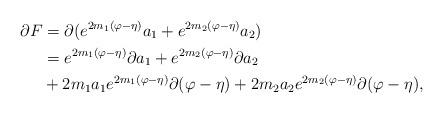
LaTeX: \begin{align*}\partial F&=\partial(e^{2m_{1}(\varphi-\eta)}a_{1}+e^{2m_{2}(\varphi-\eta)}a_{2})\\&=e^{2m_{1}(\varphi-\eta)}\partial a_{1}+e^{2m_{2}(\varphi-\eta)}\partial a_{2}\\&+2m_{1}a_{1}e^{2m_{1}(\varphi-\eta)}\partial (\varphi-\eta)+2m_{2}a_{2}e^{2m_{2}(\varphi-\eta)}\partial (\varphi-\eta),\end{align*}